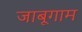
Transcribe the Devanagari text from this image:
जाबूगाम